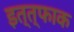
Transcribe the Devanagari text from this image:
इत्त्फाक